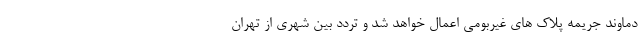
دماوند جریمه پلاک های غیربومی اعمال خواهد شد و تردد بین شهری از تهران